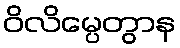
ဝိလိမ္ပေတွာန